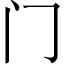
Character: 门